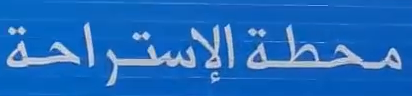
محطة الإستراحة